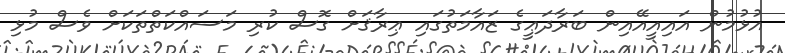
އުޅުމުން އައިއީއޭއިން ބަރާދަޢީގެ ޒައާމަތުގައި ޢިރާޤަށް ގޮސް ކުރި މަސައްކަތްތަކަށް ވެސް މުޅި